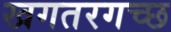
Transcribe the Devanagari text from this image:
खगतरगच्छ